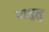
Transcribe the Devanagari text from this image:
गाजुलु